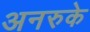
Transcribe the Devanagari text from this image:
अनरुके